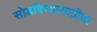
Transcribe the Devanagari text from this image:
सोडविण्यासाठीचा